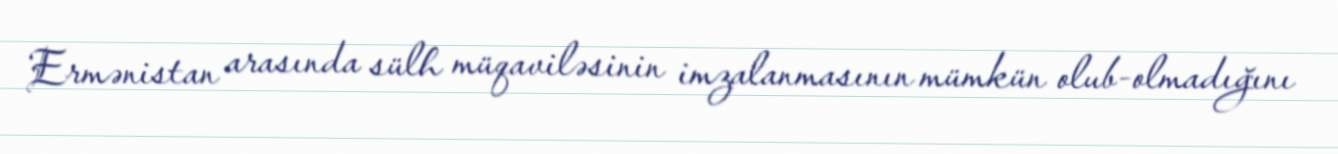
Ermənistan arasında sülh müqaviləsinin imzalanmasının mümkün olub-olmadığını